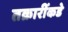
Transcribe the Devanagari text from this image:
तक्रारींकडे